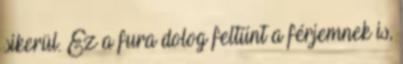
sikerül. Ez a fura dolog feltűnt a férjemnek is,